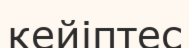
кейіптес